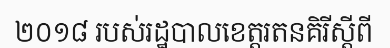
២០១៨ របស់រដ្ឋបាលខេត្តរតនគិរីស្តីពី